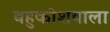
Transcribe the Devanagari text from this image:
बहुकोशवाला